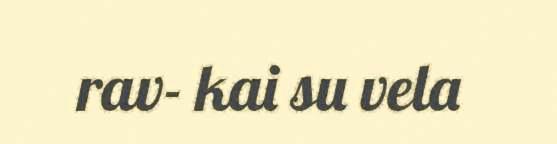
rav- kai su vela